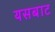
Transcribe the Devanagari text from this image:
यसबाट